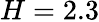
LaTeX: H=2.3